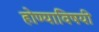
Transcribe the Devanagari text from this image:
होण्याविषयी